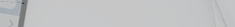
ورشة عمل لتصميم الأزياء و